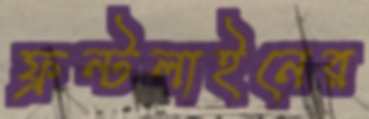
ফ্রন্টলাইনের